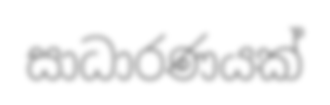
සාධාරණයක්